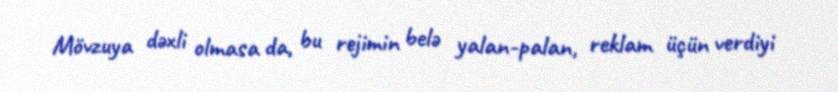
Mövzuya dəxli olmasa da, bu rejimin belə yalan-palan, reklam üçün verdiyi